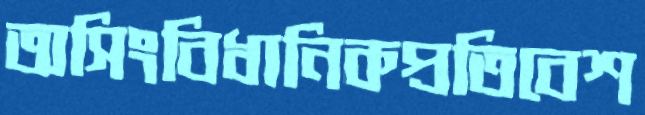
অসিংবিধানিকপ্রতিবেশ